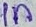
Text: 1n